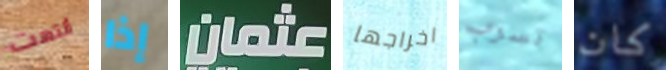
أنتهت إذا عثمان اخراجها تسرب كان